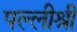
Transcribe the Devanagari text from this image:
पल्लीश्री